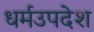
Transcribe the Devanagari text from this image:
धर्मउपदेश